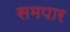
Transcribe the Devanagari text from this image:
समपार